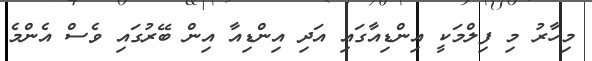
މިހާރު މި ފިލްމަކީ އިންޑިއާގައި އަދި އިންޑިއާ އިން ބޭރުގައި ވެސް އެންމެ